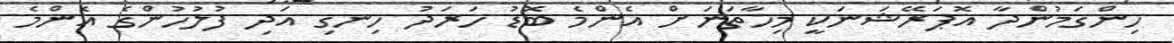
ހިންގަމުންދާ އޮޕަރޭޝަނަކީ މިހާތަނަށް އެންމެ ބޮޑު ހަރަދު ހިނގި އަދި ފުލުހުންގެ އެންމެ